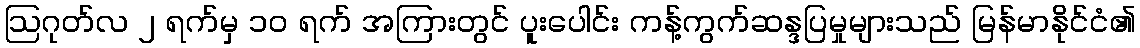
ဩဂုတ်လ ၂ ရက်မှ ၁၀ ရက် အကြားတွင် ပူးပေါင်း ကန့်ကွက်ဆန္ဒပြမှုများသည် မြန်မာနိုင်ငံ၏